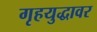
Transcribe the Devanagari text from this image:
गृहयुद्धावर